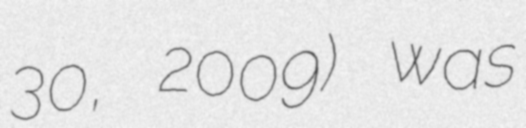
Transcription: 30, 2009) was